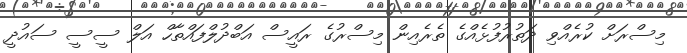
މިސްރަށް ކުރެއްވި ދަތުރުފުޅެއްގެ ތެރެއިން މިސްރުގެ ރައީސް އަބްދުލްފައްތާހް އަލް ސީސީ ސައުދީ